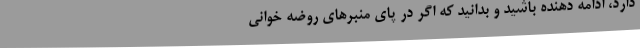
دارد، ادامه دهنده باشید و بدانید که اگر در پای منبرهای روضه خوانی